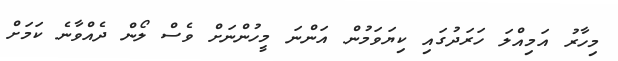
މިހާރު އަމިއްލަ ހަރަދުގައި ކިޔަވަމުން އަންނަ މީހުންނަށް ވެސް ލޯން ދެއްވާނެ ކަމަށް